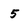
Character: 5